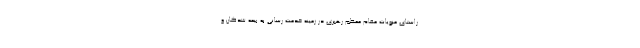
راستای منویات مقام معظم رهبری در زمینه خدمت رسانی به بیمه شدگان و